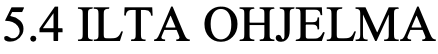
5.4 ILTA OHJELMA